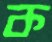
ক